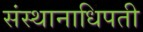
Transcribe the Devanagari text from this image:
संस्थानाधिपती